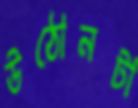
উঠোনটা